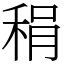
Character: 䅌